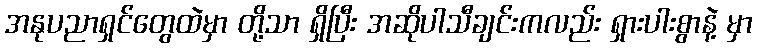
အနုပညာရှင်တွေထဲမှာ တို့သာ ရှိပြီး အဆိုပါသီချင်းကလည်း ရှားပါးစွာနဲ့ မှာ